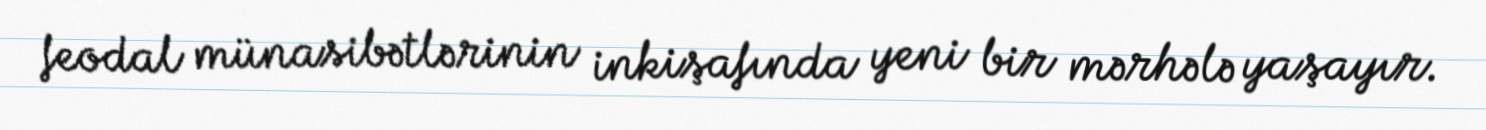
feodal münasibətlərinin inkişafında yeni bir mərhələ yaşayır.